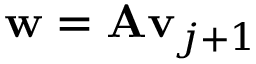
\mathbf { w } = \mathbf { A v } _ { j + 1 }